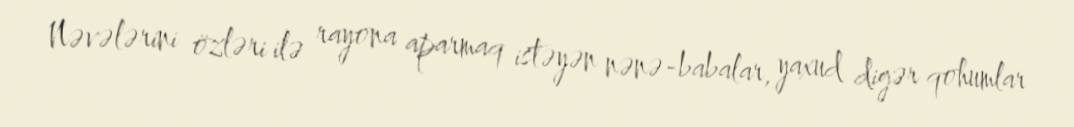
Nəvələrini özləri ilə rayona aparmaq istəyən nənə-babalar, yaxud digər qohumlar